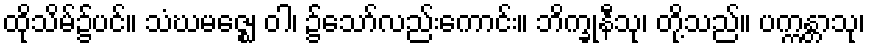
ထိုသိမ်၌ပင်။ သံဃမဇ္ဈေ ဝါ၊ ၌သော်လည်းကောင်း။ ဘိက္ခုနီသု၊ တို့သည်။ ပက္ကန္တာသု၊